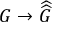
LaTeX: G \to { \widehat { \widehat { G } } }